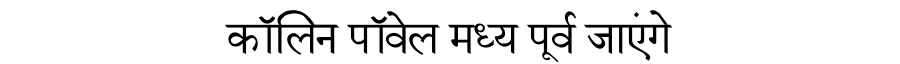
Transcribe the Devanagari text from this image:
कॉलिन पॉवेल मध्य पूर्व जाएंगे